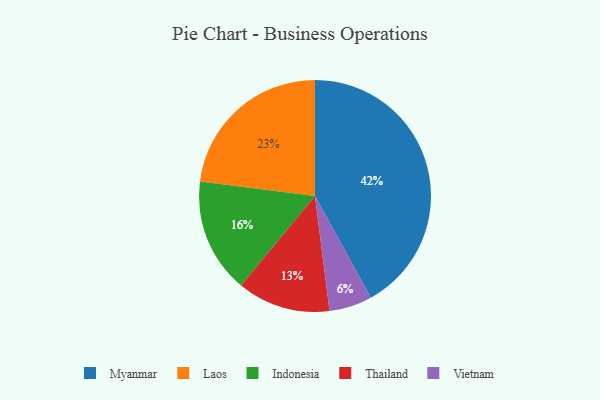
{"axis": {"x": "Category", "y": "Percentage"}, "legend": ["Indonesia", "Laos", "Myanmar", "Thailand", "Vietnam"], "data": [{"x": "Laos", "y": 23, "type": "Laos"}, {"x": "Thailand", "y": 13, "type": "Thailand"}, {"x": "Myanmar", "y": 42, "type": "Myanmar"}, {"x": "Vietnam", "y": 6, "type": "Vietnam"}, {"x": "Indonesia", "y": 16, "type": "Indonesia"}]}